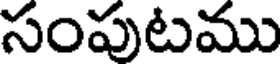
సంపుటము